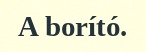
A borító.